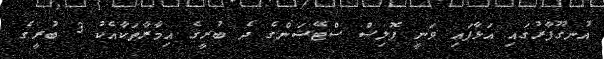
އުނގޫފާރުގައި އަޅާފައި ވަނީ ޕޮލިސް ސްޓޭޝަންގެ ދެ ބުރީގެ އިމާރާތަކާއެކު 3 ބުރީގެ